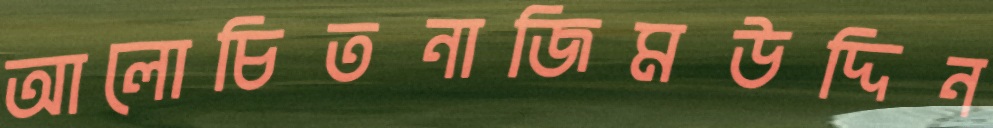
আলোচিতনাজিমউদ্দিন